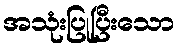
အသုံးပြုပြီးသော